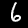
Label: 6